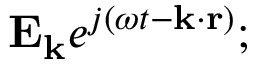
\mathbf { E _ { k } } e ^ { j ( \omega t - \mathbf { k \cdot r } ) } ;